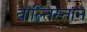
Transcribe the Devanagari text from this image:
बाल्तिस्तान